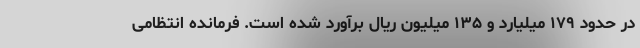
در حدود ۱۷۹ میلیارد و ۱۳۵ میلیون ریال برآورد شده است. فرمانده انتظامی